Newspaper: The Portland daily press. [volume]
Place of publication: Portland, Me.
Publisher: N.A. Foster & Co.
Date: 1865-10-23 00:00:00
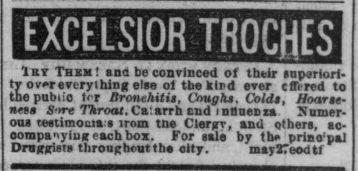
Advertisement text (OCR):
Iry Them! ana be convinced of their (nperiorf 2 over every thing else ol the klrd ever c (Tired to epubiio t<r Bronchitis, Coughs. Colds, Hoarse ness S'»re Throat.Cn.nTTh end influenza Numer ous testimonials irom tne Clergr, and ethers, ac companying each box. For sale by the prino pal Druggists throughout the city. maykTeodtf
Label: text-only